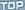
TOP